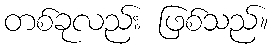
တစ်ခုလည်း ဖြစ်သည်။